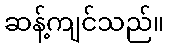
ဆန့်ကျင်သည်။